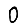
Digit: 0